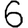
Digit: 6